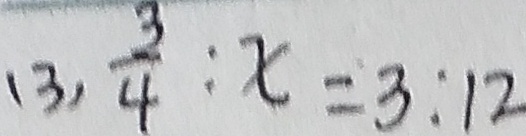
( 3 ) \frac { 3 } { 4 } : x = 3 : 1 2